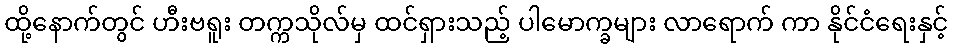
ထို့နောက်တွင် ဟီးဗရူး တက္ကသိုလ်မှ ထင်ရှားသည့် ပါမောက္ခများ လာရောက် ကာ နိုင်ငံရေးနှင့်